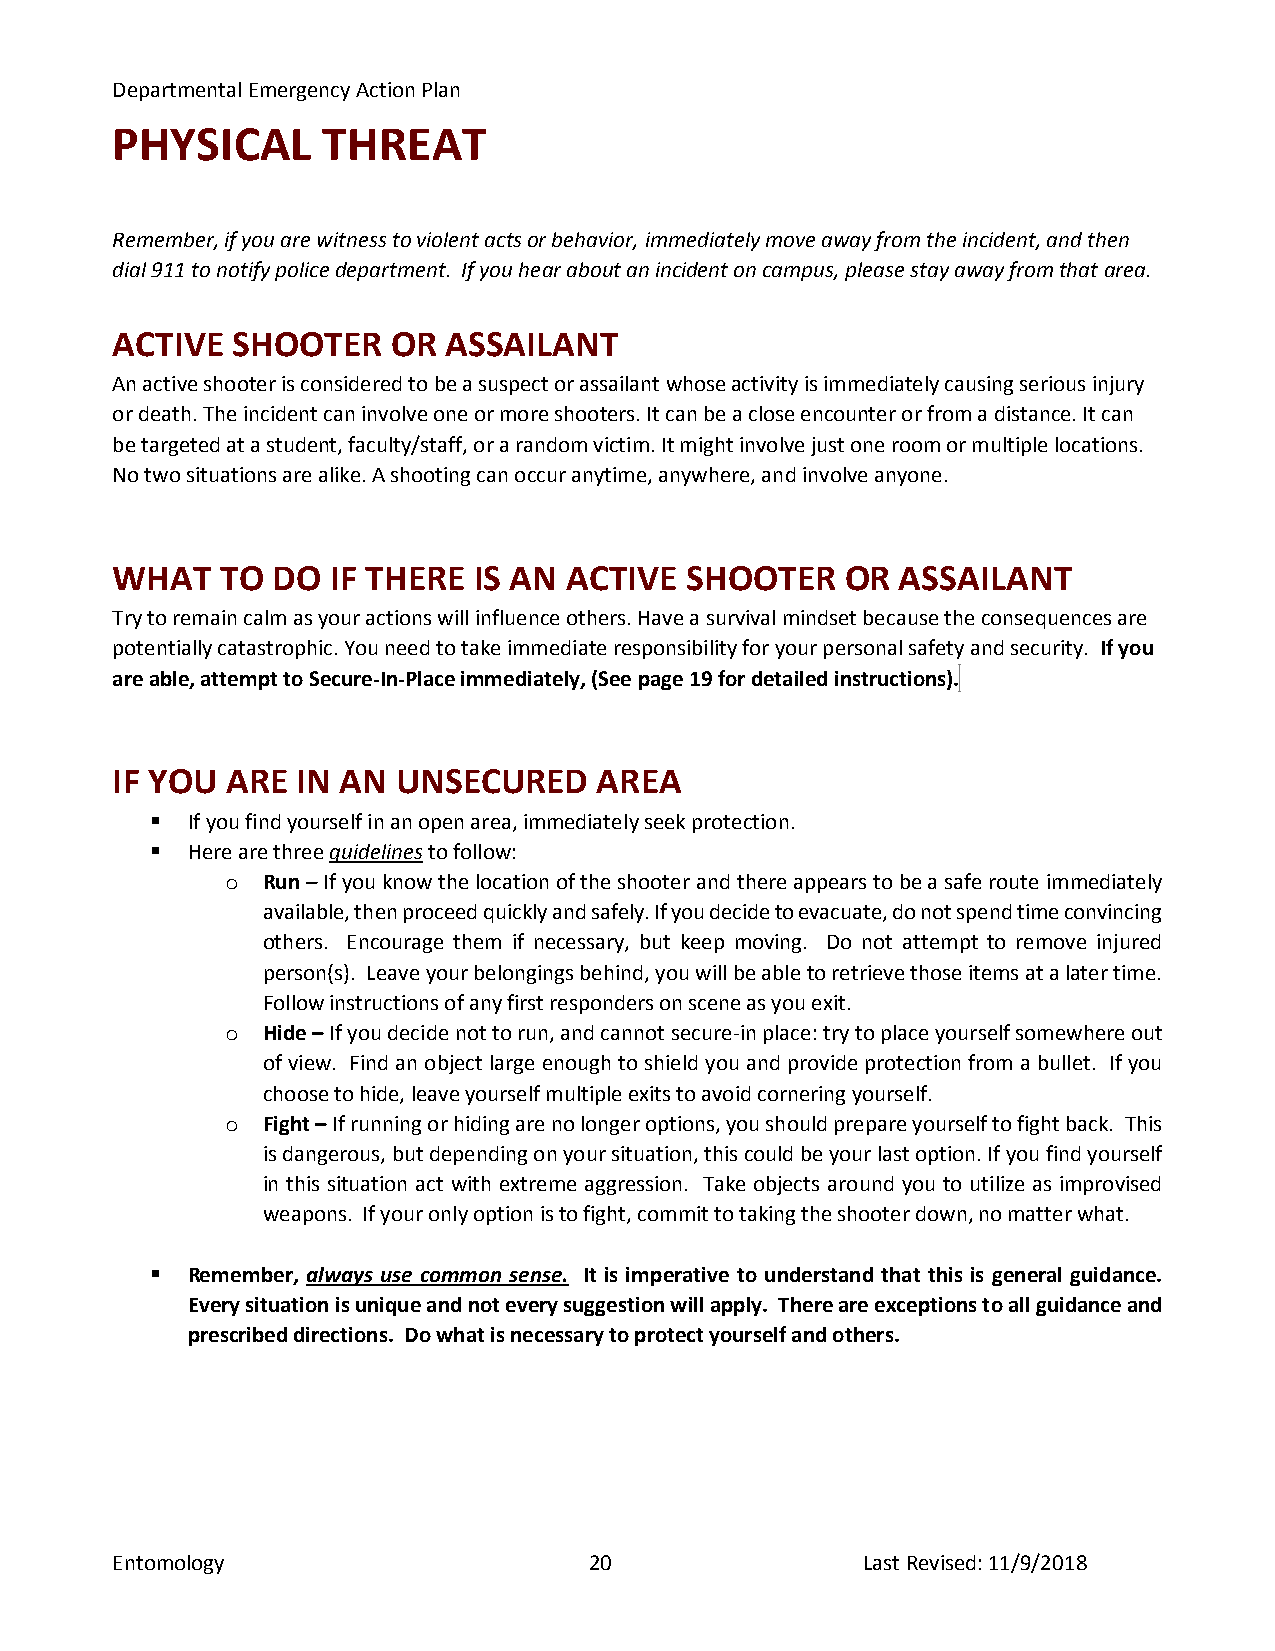
Departmental Emergency Action Plan
 PHYSICAL      THREAT
 Remember, if you are witness to violent acts or behavior, immediately move away from the incident, and then
 dial 911 to notify police department. If you hear about an incident on campus, please stay away from that area.
 ACTIVE  SHOOTER    OR  ASSAILANT
 An active shooter is considered to be a suspect or assailant whose activity is immediately causing serious injury
 or death. The incident can involve one or more shooters. It can be a close encounter or from a distance. It can
 be targeted at a student, faculty/staff, or a random victim. It might involve just one room or multiple locations.
 No two situations are alike. A shooting can occur anytime, anywhere, and involve anyone.
 WHAT    TO DO  IF THERE IS AN ACTIVE  SHOOTER    OR  ASSAILANT
 Try to remain calm as your actions will influence others. Have a survival mindset because the consequences are
 potentially catastrophic. You need to take immediate responsibility for your personal safety and security. If you
 are able, attempt to Secure-In-Place immediately, (See page 19 for detailed instructions).
 IF YOU  ARE  IN AN UNSECURED     AREA
  If you find yourself in an open area, immediately seek protection.
  Here are three guidelines to follow:
 o Run – If you know the location of the shooter and there appears to be a safe route immediately
 available, then proceed quickly and safely. If you decide to evacuate, do not spend time convincing
 others. Encourage them if necessary, but keep moving. Do not attempt to remove injured
 person(s). Leave your belongings behind, you will be able to retrieve those items at a later time.
 Follow instructions of any first responders on scene as you exit.
 o Hide – If you decide not to run, and cannot secure-in place: try to place yourself somewhere out
 of view. Find an object large enough to shield you and provide protection from a bullet. If you
 choose to hide, leave yourself multiple exits to avoid cornering yourself.
 o Fight – If running or hiding are no longer options, you should prepare yourself to fight back. This
 is dangerous, but depending on your situation, this could be your last option. If you find yourself
 in this situation act with extreme aggression. Take objects around you to utilize as improvised
 weapons. If your only option is to fight, commit to taking the shooter down, no matter what.
  Remember, always use common sense. It is imperative to understand that this is general guidance.
 Every situation is unique and not every suggestion will apply. There are exceptions to all guidance and
 prescribed directions. Do what is necessary to protect yourself and others.
 Entomology                      20                Last Revised: 11/9/2018